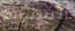
الشتوية